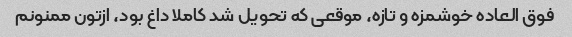
فوق العاده خوشمزه و تازه، موقعی که تحویل شد کاملا داغ بود، ازتون ممنونم